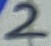
Text: 2